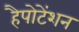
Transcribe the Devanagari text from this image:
हैपोटेंशन